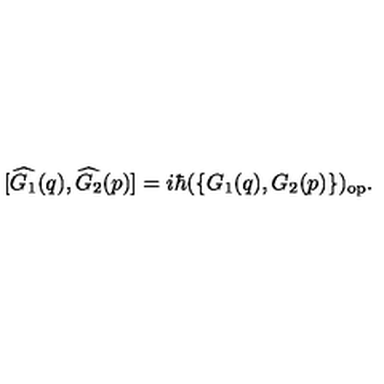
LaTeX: [ \widehat { G _ { 1 } } ( q ) , \widehat { G _ { 2 } } ( p ) ] = i \hbar ( \{ G _ { 1 } ( q ) , G _ { 2 } ( p ) \} ) _ { \mathrm { { o p } } } .